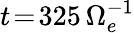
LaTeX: t\! =\! 325\, \Omega_{e}^{-1}